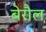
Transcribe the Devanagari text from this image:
बेरौल